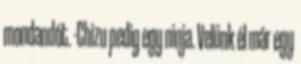
mondandót. -Chizu pedig egy ninja. Velünk él már egy